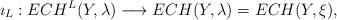
LaTeX: \begin{align*}\imath_L: ECH^L(Y,\lambda) \longrightarrow ECH(Y,\lambda) = ECH(Y,\xi),\end{align*}